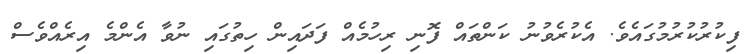
ފިކުރުކުރުމުގައެވެ. އެކުރެވުނު ކަންތައް ފޮނި ރިހުމެއް ފަދައިން ހިތުގައި ނުވާ އެންމެ އިރެއްވެސް